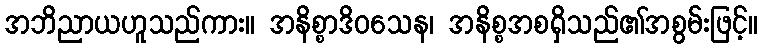
အဘိညာယဟူသည်ကား။ အနိစ္စာဒိဝသေန၊ အနိစ္စအစရှိသည်၏အစွမ်းဖြင့်။